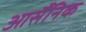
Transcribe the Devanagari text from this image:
आर्सैंनिक